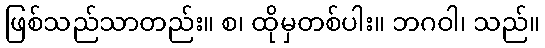
ဖြစ်သည်သာတည်း။ စ၊ ထိုမှတစ်ပါး။ ဘဂဝါ၊ သည်။